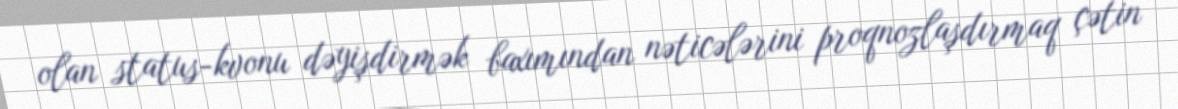
olan status-kvonu dəyişdirmək baxımından nəticələrini proqnozlaşdırmaq çətin